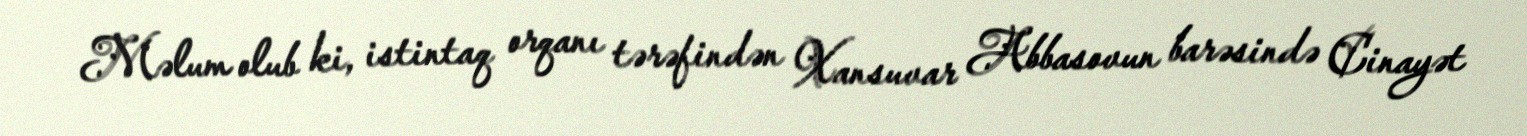
Məlum olub ki, istintaq orqanı tərəfindən Xansuvar Abbasovun barəsində Cinayət